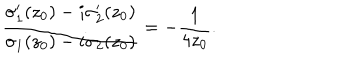
\frac { { \sigma } _ { 1 } ^ { \prime } ( z _ { 0 } ) - i { \sigma } _ { 2 } ^ { \prime } ( z _ { 0 } ) } { { \sigma } _ { 1 } ( z _ { 0 } ) - i { \sigma } _ { 2 } ( z _ { 0 } ) } = - \frac { 1 } { 4 z _ { 0 } } .